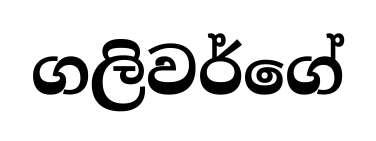
ගලිවර්ගේ